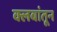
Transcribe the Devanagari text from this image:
क्लबांतून